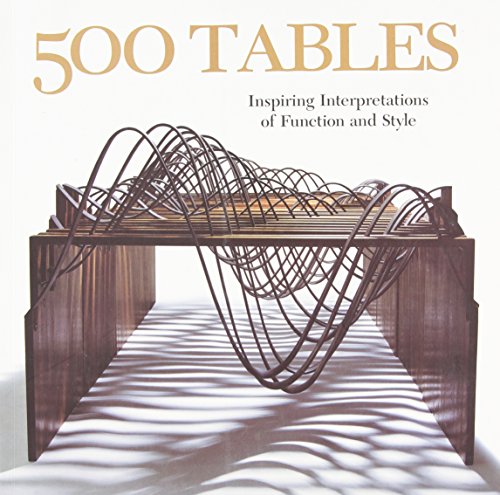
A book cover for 500 Tables: Inspiring Interpretations of Function and Style (500 Series); Ray Hemachandra; Arts & Photography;